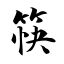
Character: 筷